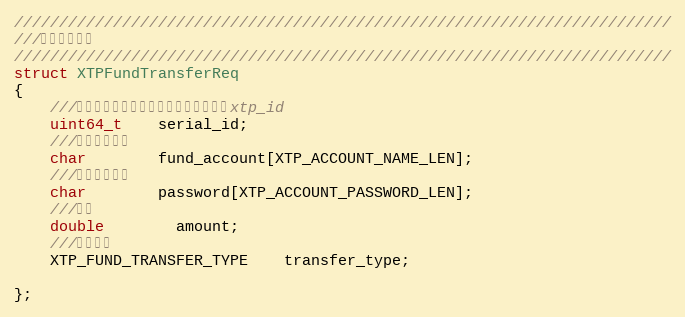
Language: C
/////////////////////////////////////////////////////////////////////////
///用户资金请求
/////////////////////////////////////////////////////////////////////////
struct XTPFundTransferReq
{
    ///资金内转编号，无需用户填写，类似于xtp_id
    uint64_t	serial_id;
	///资金账户代码
	char        fund_account[XTP_ACCOUNT_NAME_LEN];
	///资金账户密码
	char	    password[XTP_ACCOUNT_PASSWORD_LEN];
	///金额
	double	    amount;
	///内转类型
	XTP_FUND_TRANSFER_TYPE	transfer_type;

};